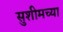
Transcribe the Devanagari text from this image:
सुशीमच्या